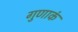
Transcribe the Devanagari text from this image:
गुणाकं